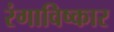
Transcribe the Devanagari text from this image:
रंगाविष्कार